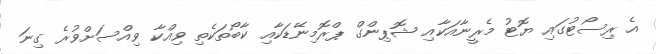
އެ ރިސޯޓުގައި ޔޮޓު މެރީނާއަކާއި ޝޮޕިންގް ޕްރޮމިނޭޑަކާއި ކާބޯތަކެތި ވިއްކާ ވިއްސަށްވުރެ ގިނަ